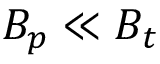
B _ { p } \ll B _ { t }